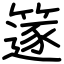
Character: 篴